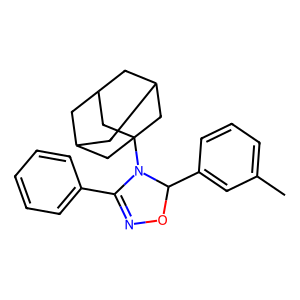
SMILES: Cc1cccc(C2ON=C(c3ccccc3)N2C23CC4CC(CC(C4)C2)C3)c1
Inhibits HIV replication: No